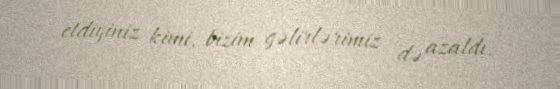
etdiyiniz kimi, bizim gəlirlərimiz də azaldı.